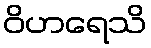
ဝိဟရေသိ